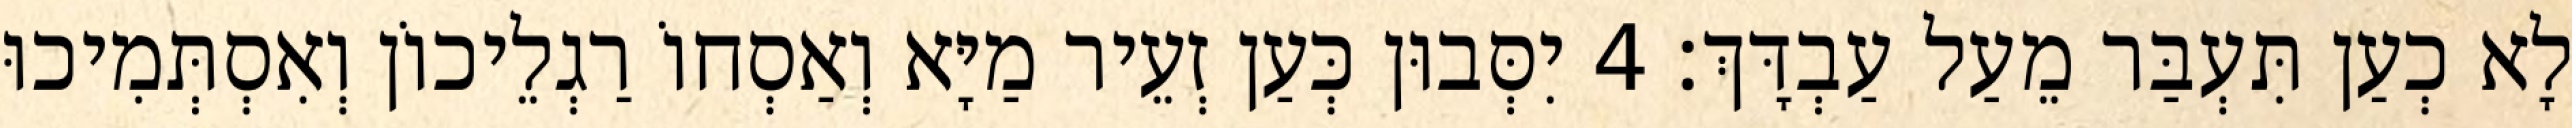
לָא כְעַן תִּעְבַּר מֵעַל עַבְדָּךְ׃ 4 יִסְּבוּן כְּעַן זְעֵיר מַיָּא וְאַסְחוֹ רַגְלֵיכוֹן וְאִסְתְּמִיכוּ